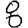
Digit: 8